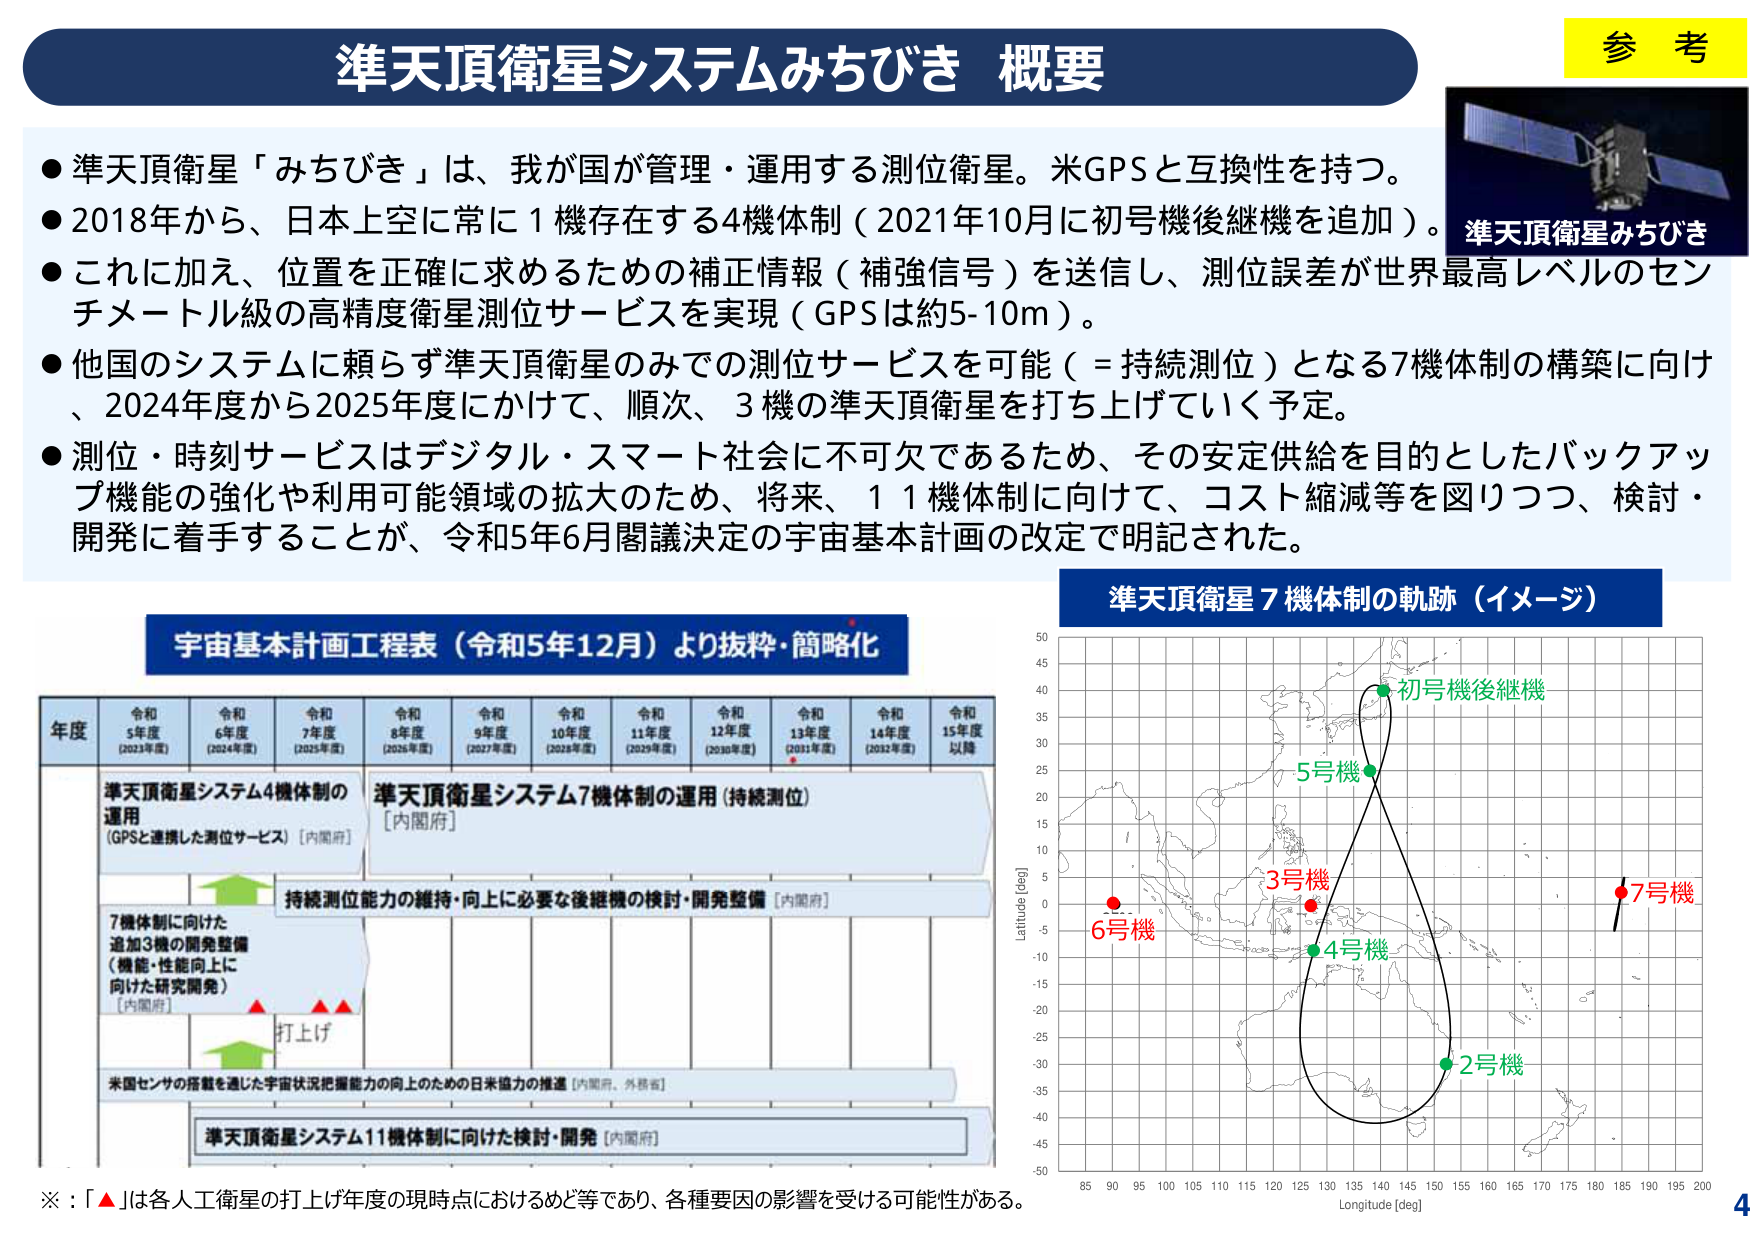
準天頂衛星システムみちびき 概要

● 準天頂衛星「みちびき」は、我が国が管理・運用する測位衛星。米GPSと互換性を持つ。
● 2018年から、日本上空に常に1機存在する4機体制（2021年10月に初号機後継機を追加）。
● これに加え、位置を正確に求めるための補正情報（補強信号）を送信し、測位誤差が世界最高レベルのセンチメートル級の高精度衛星測位サービスを実現（GPSは約5-10m）。
● 他国のシステムに頼らず準天頂衛星のみでの測位サービスを可能（＝持続測位）となる7機体制の構築に向け、2024年度から2025年度にかけて、順次、3機の準天頂衛星を打ち上げていく予定。
● 測位・時刻サービスはデジタル・スマート社会に不可欠であるため、その安定供給を目的としたバックアップ機能の強化や利用可能領域の拡大のため、将来、11機体制に向けて、コスト縮減等を図りつつ、検討・開発に着手することが、令和5年6月閣議決定の宇宙基本計画の改定で明記された。

宇宙基本計画工程表（令和5年12月）より抜粋・簡略化

年度　令和5年度（2023年度）　令和6年度（2024年度）　令和7年度（2025年度）　令和8年度（2026年度）　令和9年度（2027年度）　令和10年度（2028年度）　令和11年度（2029年度）　令和12年度（2030年度）　令和13年度（2031年度）　令和14年度（2032年度）　令和15年度以降

準天頂衛星システム4機体制の運用（GPSと連携した測位サービス）［内閣府］

持続測位能力の維持・向上に必要な後継機の検討・開発整備［内閣府］

7機体制に向けた追加3機の開発整備（機能・性能向上に向けた研究開発）［内閣府］

打上げ

米国センサの搭載を通じた宇宙状況把握能力の向上のための日米協力の推進［内閣府、外務省］

準天頂衛星システム11機体制に向けた検討・開発［内閣府］

※：「▲」は各人工衛星の打上げ年度の現時点におけるめど等であり、各種要因の影響を受ける可能性がある。

準天頂衛星7機体制の軌跡（イメージ）

Latitude [deg]
50
45
40
35
30
25
20
15
10
5
0
-5
-10
-15
-20
-25
-30
-35
-40
-45
-50

Longitude [deg]
85 90 95 100 105 110 115 120 125 130 135 140 145 150 155 160 165 170 175 180 185 190 195 200

初号機後継機
5号機
3号機
6号機
4号機
2号機
7号機

参考
準天頂衛星みちびき

4